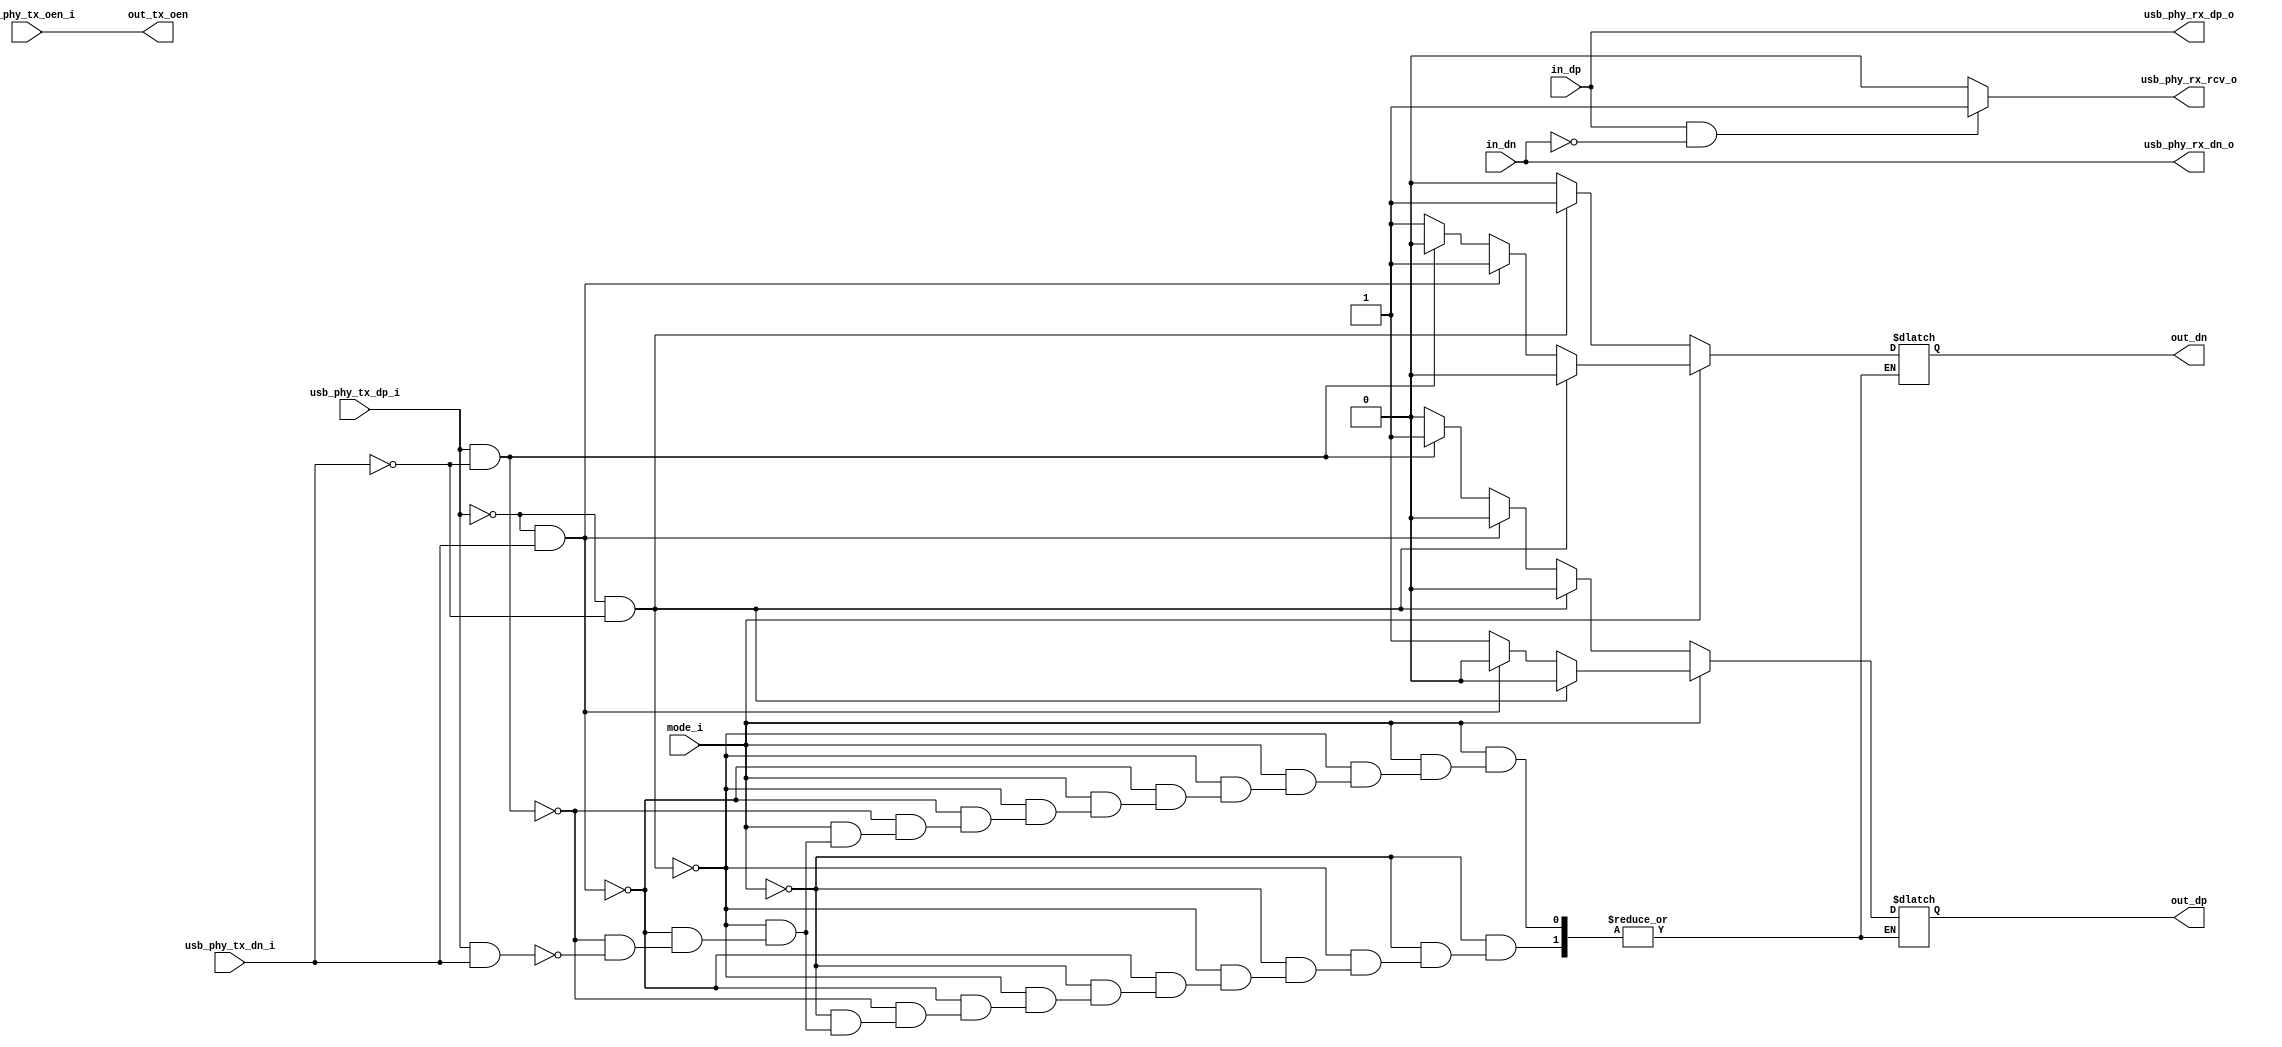
//////////////////////////////////////////////////////////////////////////////
// SPDX-FileCopyrightText: 2021 , Dinesh Annayya                          
// 
// Licensed under the Apache License, Version 2.0 (the "License");
// you may not use this file except in compliance with the License.
// You may obtain a copy of the License at
//
//      http://www.apache.org/licenses/LICENSE-2.0
//
// Unless required by applicable law or agreed to in writing, software
// distributed under the License is distributed on an "AS IS" BASIS,
// WITHOUT WARRANTIES OR CONDITIONS OF ANY KIND, either express or implied.
// See the License for the specific language governing permissions and
// limitations under the License.
// SPDX-License-Identifier: Apache-2.0
// SPDX-FileContributor: Created by Dinesh Annayya <dinesha@opencores.org>
//
//-----------------------------------------------------------------
//                     USB Full Speed (12mbps) Phy
//                              V0.2
//                        Ultra-Embedded.com
//                          Copyright 2015
//
//
//                         License: LGPL
//-----------------------------------------------------------------
//
// This source file may be used and distributed without         
// restriction provided that this copyright statement is not    
// removed from the file and that any derivative work contains  
// the original copyright notice and the associated disclaimer. 
//
// This source file is free software; you can redistribute it   
// and/or modify it under the terms of the GNU Lesser General   
// Public License as published by the Free Software Foundation; 
// either version 2.1 of the License, or (at your option) any   
// later version.
//
// This source is distributed in the hope that it will be       
// useful, but WITHOUT ANY WARRANTY; without even the implied   
// warranty of MERCHANTABILITY or FITNESS FOR A PARTICULAR      
// PURPOSE.  See the GNU Lesser General Public License for more 
// details.
//
// You should have received a copy of the GNU Lesser General    
// Public License along with this source; if not, write to the 
// Free Software Foundation, Inc., 59 Temple Place, Suite 330, 
// Boston, MA  02111-1307  USA
//-----------------------------------------------------------------

//-----------------------------------------------------------------
//                          Generated File
//-----------------------------------------------------------------

module usb_transceiver
(
    // Inputs
     input           usb_phy_tx_dp_i,
     input           usb_phy_tx_dn_i,
     input           usb_phy_tx_oen_i,
     input           mode_i,

     output reg       out_dp,
     output reg       out_dn,
     output           out_tx_oen,

    // Outputs
     input            in_dp,
     input            in_dn,

     output          usb_phy_rx_rcv_o,
     output          usb_phy_rx_dp_o,
     output          usb_phy_rx_dn_o
);



//-----------------------------------------------------------------
// Module: usb_transceiver
// Emulate standard USB PHY interface and produce a D+/D- outputs.
// Allows direct connection of USB port to FPGA.
// Limitations:
// As no differential amplifier present, no common mode noise
// rejection occurs.
// Unlikely to work well with longer connections!
//-----------------------------------------------------------------

//-----------------------------------------------------------------
// Wires
//-----------------------------------------------------------------

//-----------------------------------------------------------------
// Assignments
//-----------------------------------------------------------------

// D+/D- Tristate buffers
//assign usb_dp_io = (usb_phy_tx_oen_i == 1'b0) ? out_dp : 1'bz;
//assign usb_dn_io = (usb_phy_tx_oen_i == 1'b0) ? out_dn : 1'bz;
//
assign   out_tx_oen = usb_phy_tx_oen_i;

// Receive D+/D-
assign usb_phy_rx_dp_o = in_dp;
assign usb_phy_rx_dn_o = in_dn;

// Receive output
assign usb_phy_rx_rcv_o = (in_dp == 1'b1 && in_dn == 1'b0) ? 1'b1 : 1'b0;

// PHY Transmit Mode:
// When phy_tx_mode_i is '0' the outputs are encoded as:
//     vmo_i, vpo_i
//      0    0    Differential Logic '0'
//      0    1    Differential Logic '1'
//      1    0    Single Ended '0'
//      1    1    Single Ended '0'
// When phy_tx_mode_i is '1' the outputs are encoded as:
//     vmo_i, vpo_i
//      0    0    Single Ended '0'
//      0    1    Differential Logic '1'
//      1    0    Differential Logic '0'
//      1    1    Illegal State
always @ (mode_i or usb_phy_tx_dp_i or usb_phy_tx_dn_i)
begin : MUX
 case(mode_i)
    1'b0:
    begin
        if (usb_phy_tx_dp_i == 1'b0 && usb_phy_tx_dn_i == 1'b0)
        begin
            // Logic "0"
            out_dp = 1'b0;
            out_dn = 1'b1;
        end
        else if (usb_phy_tx_dp_i == 1'b0 && usb_phy_tx_dn_i == 1'b1)
        begin
            // SE0 (both low)
            out_dp = 1'b0;
            out_dn = 1'b0;
        end
        else if (usb_phy_tx_dp_i == 1'b1 && usb_phy_tx_dn_i == 1'b0)
        begin
            // Logic "1"
            out_dp = 1'b1;
            out_dn = 1'b0;
        end
        else if (usb_phy_tx_dp_i == 1'b1 && usb_phy_tx_dn_i == 1'b1)
        begin
            // SE0 (both low)
            out_dp = 1'b0;
            out_dn = 1'b0;
        end
    end
    1'b1 :
    begin
        if (usb_phy_tx_dp_i == 1'b0 && usb_phy_tx_dn_i == 1'b0)
        begin
            // SE0 (both low)
            out_dp = 1'b0;
            out_dn = 1'b0;
        end
        else if (usb_phy_tx_dp_i == 1'b0 && usb_phy_tx_dn_i == 1'b1)
        begin
            // Logic "0"
            out_dp = 1'b0;
            out_dn = 1'b1;
        end
        else if (usb_phy_tx_dp_i == 1'b1 && usb_phy_tx_dn_i == 1'b0)
        begin
            // Logic "1"
            out_dp = 1'b1;
            out_dn = 1'b0;
        end
        else if (usb_phy_tx_dp_i == 1'b1 && usb_phy_tx_dn_i == 1'b1)
        begin
            // Illegal
            out_dp = 1'b1;
            out_dn = 1'b1;
        end
    end
 endcase
end


endmodule